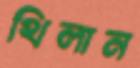
থিলান